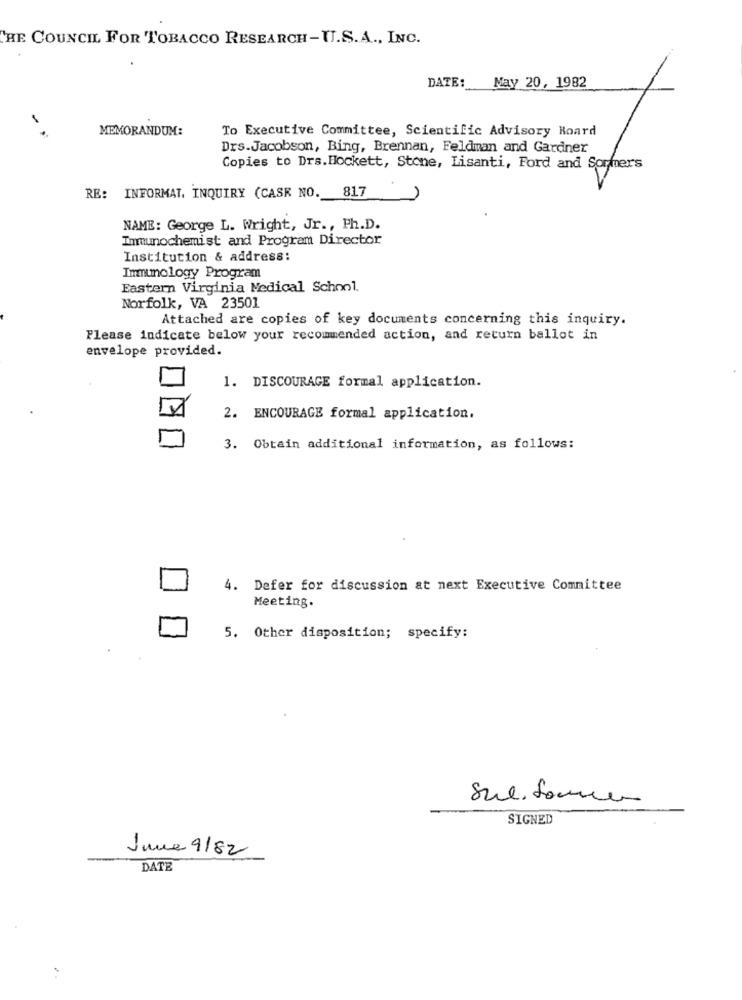
THE COUNCIL FOR TOBACCO RESEARCH-U.S.A ., INC.
DATE:
Nay 20, 1982
MEMORANDUM:
To Executive Committee, Scientific Advisory Board
Drs.Jacobson, Bing, Brennan, Feldman and Gardner
Copies to Drs.Hockett, Stone, Lisanti, Ford and Sorhers
817
RE: INFORMAT. INQUIRY (CASK NO.
NAME: George L. Wright, Jr ., Ph.D.
Immunochemist and Program Director
Institution & address:
Immunology Program
Eastern Virginia Medical School.
Norfolk, VA 23501
Attached are copies of key documents concerning this inquiry.
Please indicate below your recommended action, and return ballot in
envelope provided.
1. DISCOURAGE formal application.
2. ENCOURAGE formal application.
3. Obtain additional information, as follows:
4. Defer for discussion at next Executive Committee
Meeting.
5. Other disposition; specify:
Sul. Sommer
SIGNED
June 9182
DATE